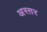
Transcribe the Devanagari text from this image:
अस्ग़र